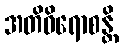
အတိဝိရောစန္တိ